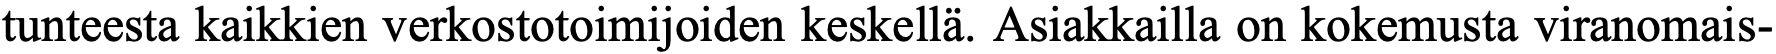
tunteesta kaikkien verkostotoimijoiden keskellä. Asiakkailla on kokemusta viranomais-